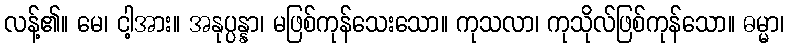
လန့်၏။ မေ၊ ငါ့အား။ အနုပ္ပန္နာ၊ မဖြစ်ကုန်သေးသော။ ကုသလာ၊ ကုသိုလ်ဖြစ်ကုန်သော။ ဓမ္မာ၊